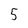
Character: 5